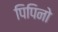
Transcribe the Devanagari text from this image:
पिपिनो